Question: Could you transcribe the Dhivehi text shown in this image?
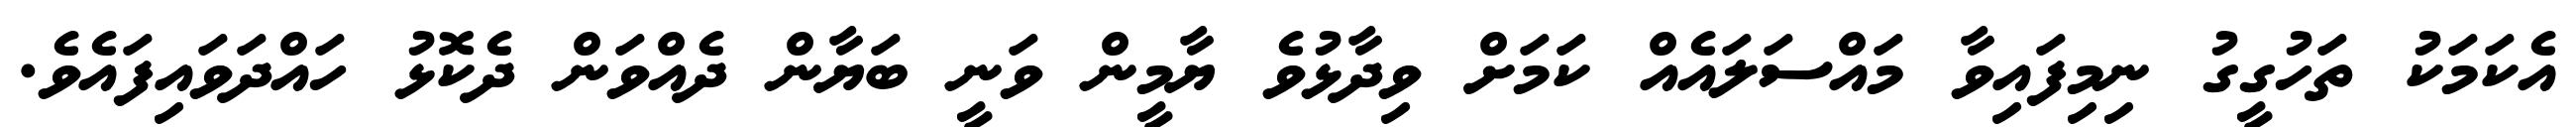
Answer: އެކަމަކު ތަހުގީގު ނިމިފައިވާ މައްސަލައެއް ކަމަށް ވިދާޅުވެ ޔާމީން ވަނީ ބަޔާން ދެއްވަން ދެކޮޅު ހައްދަވައިފައެވެ.